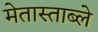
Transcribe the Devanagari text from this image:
मेतास्ताब्ले